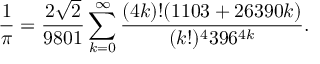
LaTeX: { \frac { 1 } { \pi } } = { \frac { 2 { \sqrt { 2 } } } { 9 8 0 1 } } \sum _ { k = 0 } ^ { \infty } { \frac { ( 4 k ) ! ( 1 1 0 3 + 2 6 3 9 0 k ) } { ( k ! ) ^ { 4 } 3 9 6 ^ { 4 k } } } .